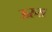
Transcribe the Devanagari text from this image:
ऊरुस